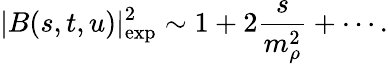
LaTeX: |B(s,t,u)|_{\mathrm{exp}}^{2}\sim 1+2{\frac{s}{m_{\rho}^{2}}}+\cdots.